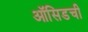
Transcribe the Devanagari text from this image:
ऑसिडची